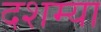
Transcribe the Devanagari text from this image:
दशम्या